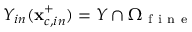
Y _ { i n } ( \mathbf { x } _ { c , i n } ^ { + } ) = Y \cap { \Omega } _ { \mathrm { ~ f ~ i ~ n ~ e ~ } }